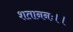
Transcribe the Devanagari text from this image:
शताननः।।